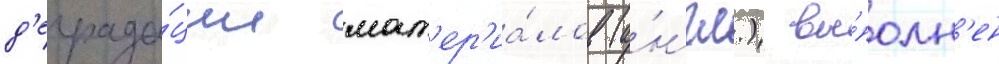
д'еграда́ции мат'ер'иа́лов (а́нгл.) вы́полн'ен